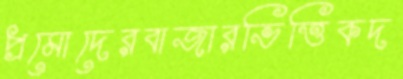
প্রমোদেরবাজারভিত্তিকদ